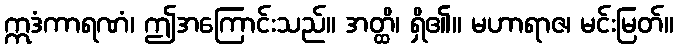
ဣဒံကာရဏံ၊ ဤအကြောင်းသည်။ အတ္ထိ၊ ရှိ၏။ မဟာရာဇ၊ မင်းမြတ်။